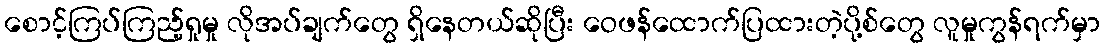
စောင့်ကြပ်ကြည့်ရှုမှု လိုအပ်ချက်တွေ ရှိနေတယ်ဆိုပြီး ဝေဖန်ထောက်ပြထားတဲ့ပို့စ်တွေ လူမှုကွန်ရက်မှာ